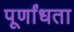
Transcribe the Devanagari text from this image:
पूर्णांधता